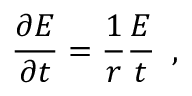
\frac { \partial E } { \partial t } = \frac { 1 } { r } \frac { E } { t } \, \, \, ,